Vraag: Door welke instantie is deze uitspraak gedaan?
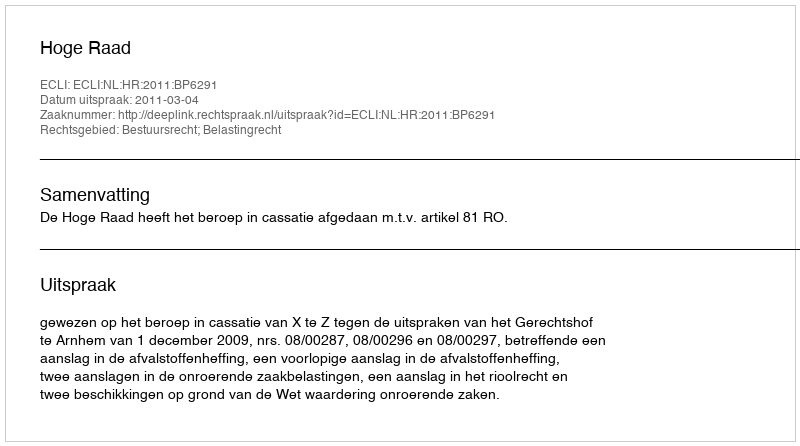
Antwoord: Hoge Raad